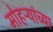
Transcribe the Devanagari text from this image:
मोहऱ्यांच्या